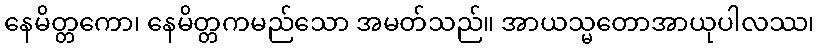
နေမိတ္တကော၊ နေမိတ္တကမည်သော အမတ်သည်။ အာယသ္မတောအာယုပါလဿ၊